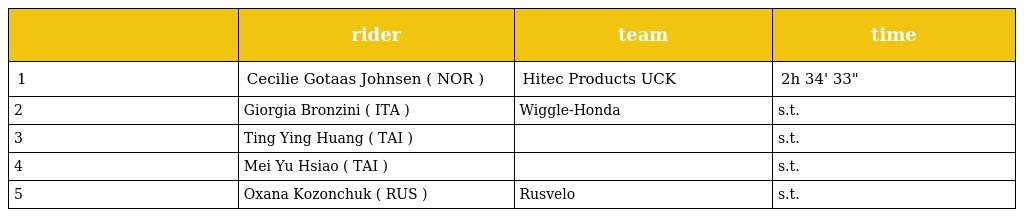
|  | rider | team | time |
 | --- | --- | --- | --- |
 | 1 | Cecilie Gotaas Johnsen ( NOR ) | Hitec Products UCK | 2h 34' 33" |
 | 2 | Giorgia Bronzini ( ITA ) | Wiggle-Honda | s.t. |
 | 3 | Ting Ying Huang ( TAI ) |  | s.t. |
 | 4 | Mei Yu Hsiao ( TAI ) |  | s.t. |
 | 5 | Oxana Kozonchuk ( RUS ) | Rusvelo | s.t. |